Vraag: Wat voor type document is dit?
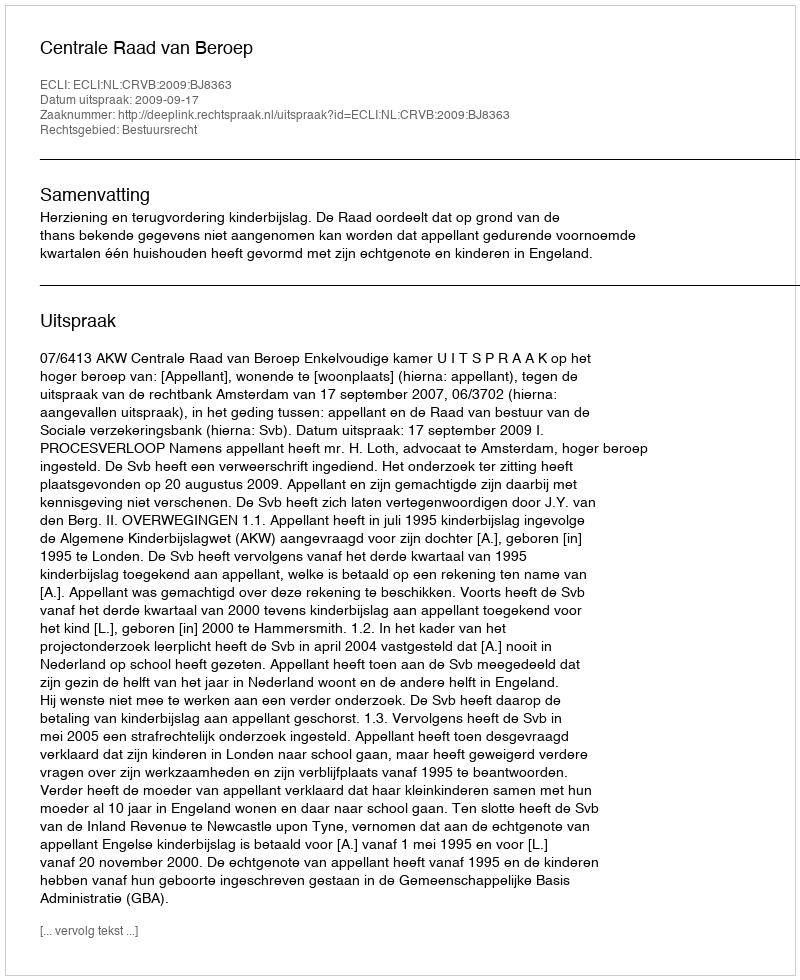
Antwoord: Uitspraak